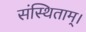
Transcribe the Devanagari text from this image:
संस्थिताम्‌।